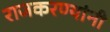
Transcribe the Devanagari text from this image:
राजकरण्यांनी